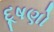
દૂષણો